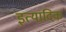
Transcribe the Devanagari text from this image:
इत्यादिक